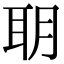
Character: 䎳